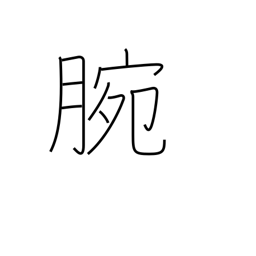
Meaning: ability